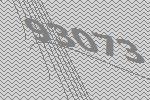
93073